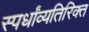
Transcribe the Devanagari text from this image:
स्पर्धांव्यतिरिक्त